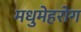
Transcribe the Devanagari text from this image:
मधुमेहरोग